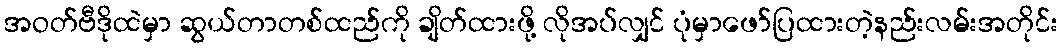
အဝတ်ဗီဒိုထဲမှာ ဆွယ်တာတစ်ထည်ကို ချိတ်ထားဖို့ လိုအပ်လျှင် ပုံမှာဖော်ပြထားတဲ့နည်းလမ်းအတိုင်း